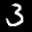
Label: 3